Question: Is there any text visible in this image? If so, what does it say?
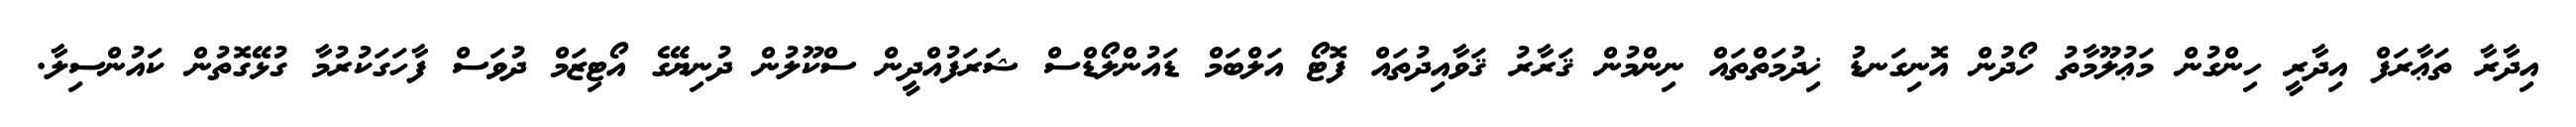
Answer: އިދާރާ ތަޢާރަފް އިދާރީ ހިންގުން މަޢުލޫމާތު ހޯދުން އޮނިގަނޑު ޚިދުމަތްތައް ނިންމުން ޤަރާރު ޤަވާއިދުތައް ފޮޓޯ އަލްބަމް ޑައުންލޯޑްސް ޝަރަފުއްދީން ސްކޫލުން ދުނިޔޭގެ އޯޓިޒަމް ދުވަސް ފާހަގަކުރުމާ ގުޅޭގޮތުން ކައުންސިލާ.